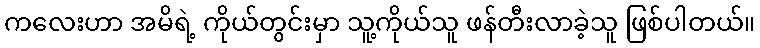
ကလေးဟာ အမိရဲ့ ကိုယ်တွင်းမှာ သူ့ကိုယ်သူ ဖန်တီးလာခဲ့သူ ဖြစ်ပါတယ်။